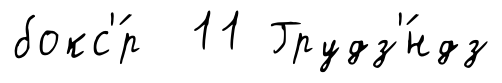
бокс'́р 11 Грудз'́ндз